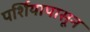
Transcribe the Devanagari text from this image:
पर्शियापासून